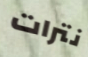
نترات